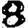
Digit: 8